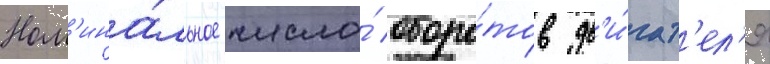
Ном'ина́льное число́ оборо́тов дв'и́гат'ел'я